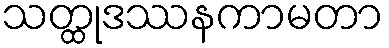
သတ္ထုဒဿနကာမတာ